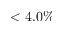
< 4 . 0 \%